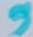
Text: 9